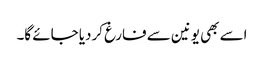
اسے بھی یونین سے فارغ کردیا جائے گا۔